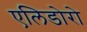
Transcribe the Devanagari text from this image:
एलिडोरो